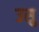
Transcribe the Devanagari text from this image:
उसु